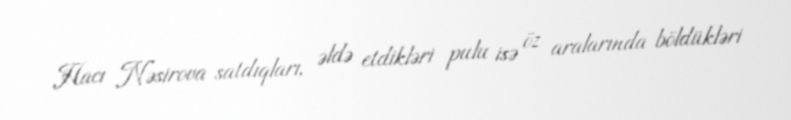
Hacı Nəsirova satdıqları, əldə etdikləri pulu isə öz aralarında böldükləri